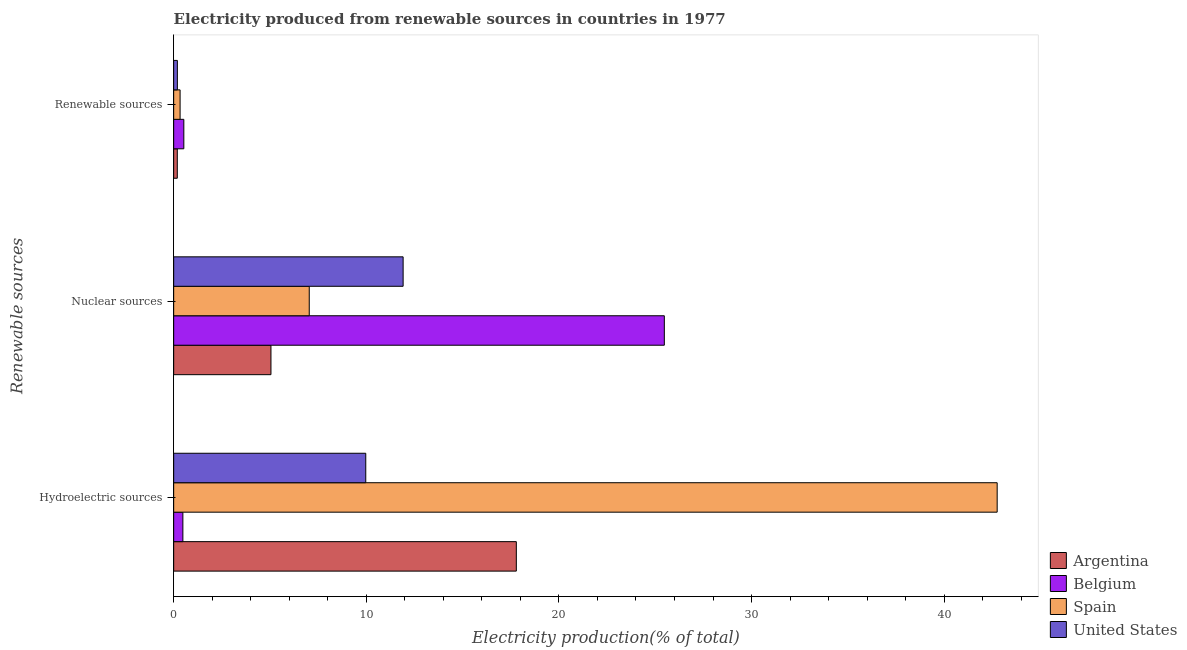
| Renewable sources | Argentina | Belgium | Spain | United States |
 | --- | --- | --- | --- | --- |
 | Hydroelectric sources | 17.8 | 0.478 | 42.8 | 9.97 |
 | Nuclear sources | 5.05 | 25.5 | 7.04 | 11.9 |
 | Renewable sources | 0.188 | 0.527 | 0.333 | 0.192 |